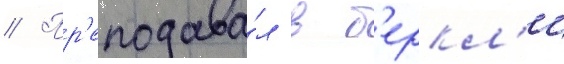
// Пр'еподава́л в б'еркл'и